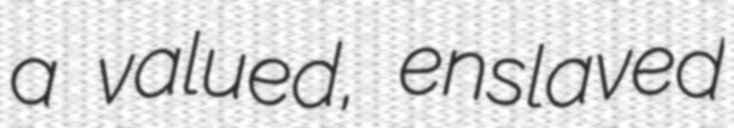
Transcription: a valued, enslaved